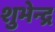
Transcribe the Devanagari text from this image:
शुभेन्द्र